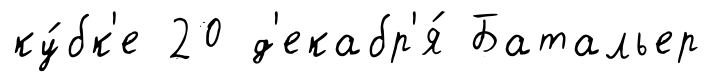
ку́бк'е 20 д'екабр'я́ Батальер